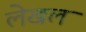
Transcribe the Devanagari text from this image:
लेखल